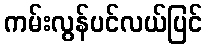
ကမ်းလွန်ပင်လယ်ပြင်